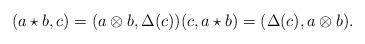
LaTeX: \begin{align*}(a \star b, c) = (a \otimes b, \Delta(c))(c,a \star b) = ( \Delta(c), a \otimes b). \end{align*}